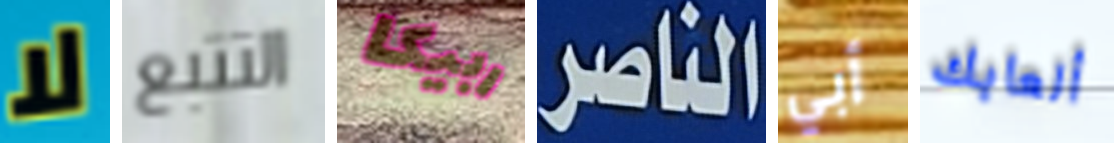
لا التتبع ربيكا الناصر أبي ألعابك